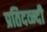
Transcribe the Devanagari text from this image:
प्रतिदव्न्दी